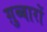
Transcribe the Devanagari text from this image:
ग़ुब्बारों